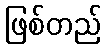
ဖြစ်တည်